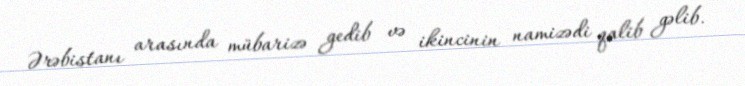
Ərəbistanı arasında mübarizə gedib və ikincinin namizədi qalib gəlib.